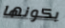
بكونها